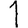
Digit: 1